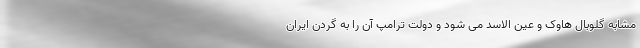
مشابه گلوبال هاوک و عین الاسد می شود و دولت ترامپ آن را به گردن ایران